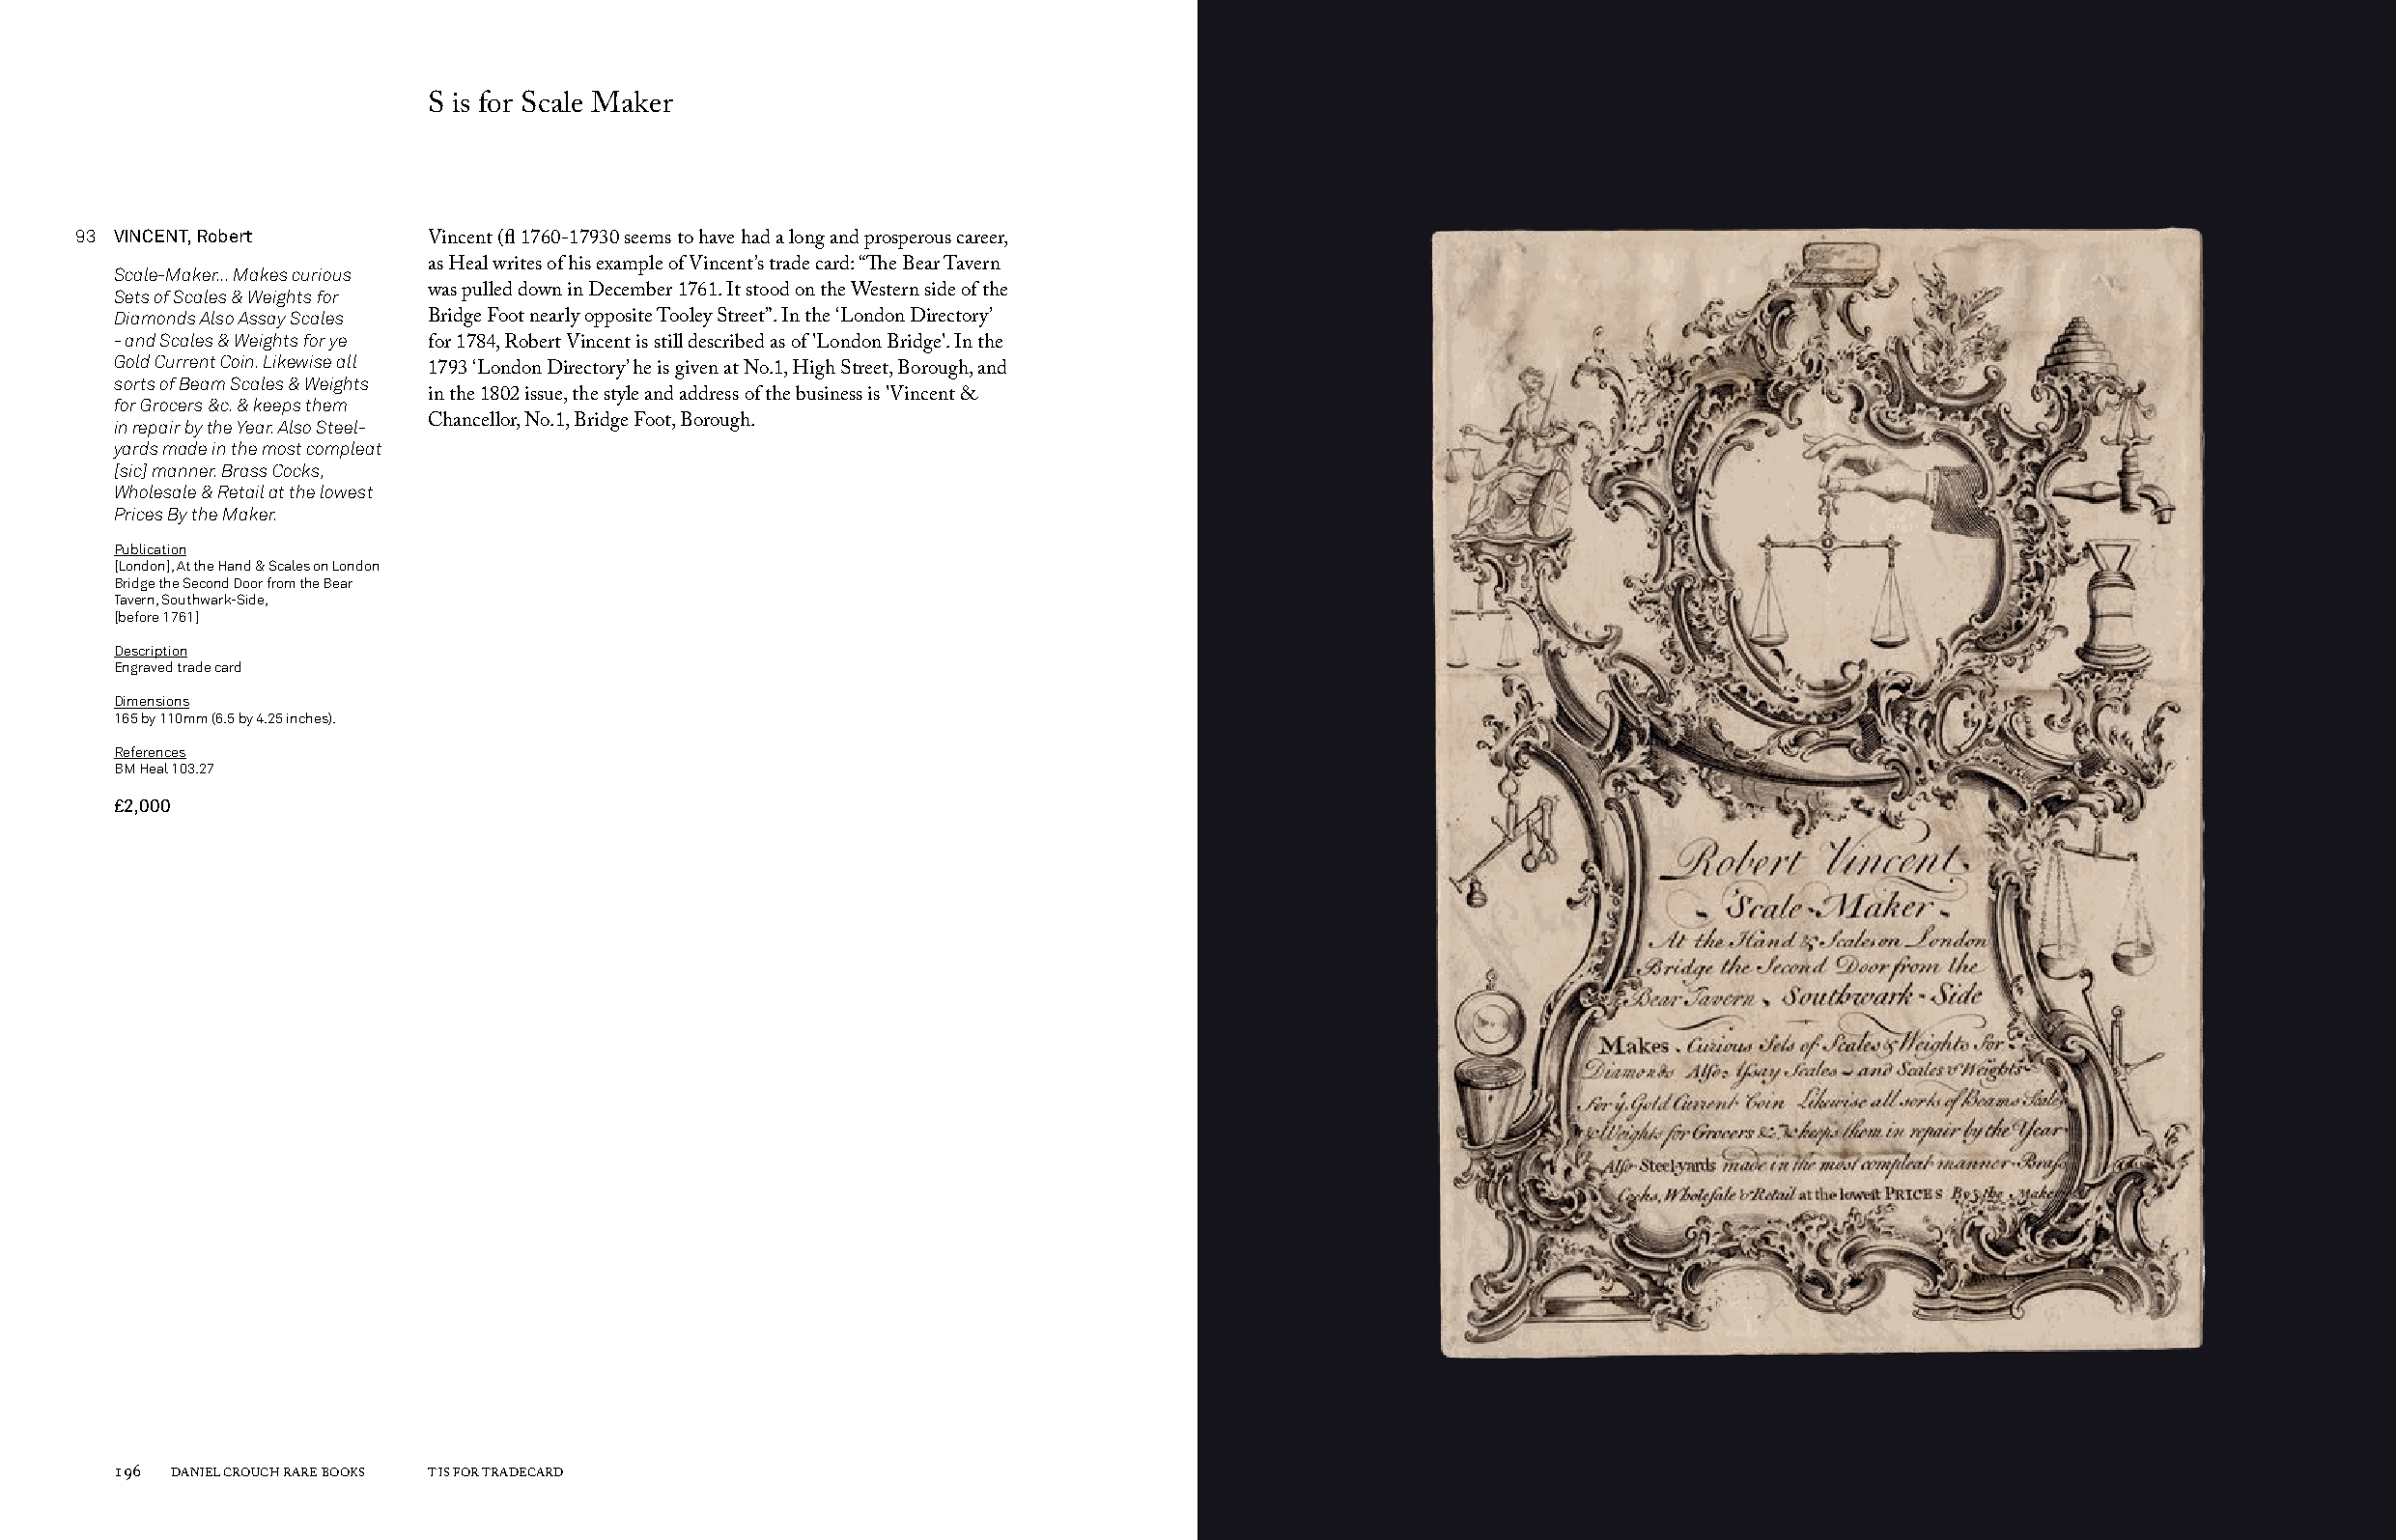
S is for Scale Maker
 93 VINCENT, Robert
 Vincent (fl 1760-17930 seems to have had a long and prosperous career,
 Scale-Maker... Makes curious as Heal writes of his example of Vincent’s trade card: “The Bear Tavern
 Sets of Scales & Weights for was pulled down in December 1761. It stood on the Western side of the
 Diamonds Also Assay Scales Bridge Foot nearly opposite Tooley Street”. In the ‘London Directory’
 - and Scales & Weights for ye
 for 1784, Robert Vincent is still described as of 'London Bridge'. In the
 Gold Current Coin. Likewise all
 1793 ‘London Directory’ he is given at No.1, High Street, Borough, and
 sorts of Beam Scales & Weights
 for Grocers &c. & keeps them in the 1802 issue, the style and address of the business is 'Vincent &
 in repair by the Year. Also Steel- Chancellor, No.1, Bridge Foot, Borough.
 yards made in the most compleat
 [sic] manner. Brass Cocks,
 Wholesale & Retail at the lowest
 Prices By the Maker.
 Publication
 [London], At the Hand & Scales on London
 Bridge the Second Door from the Bear
 Tavern, Southwark-Side,
 [before 1761]
 Description
 Engraved trade card
 Dimensions
 165 by 110mm (6.5 by 4.25 inches).
 References
 BM Heal 103.27
 £2,000
 196 DANIEL CROUCH RARE BOOKS T IS FOR TRADECARD                                                                       T IS FOR TRADECARD DANIEL CROUCH RARE BOOKS 197